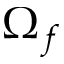
\Omega _ { f }